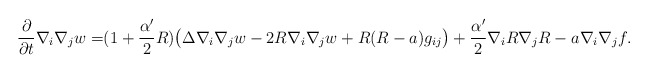
\begin{align*}\frac{\partial}{\partial t}\nabla_i\nabla_jw=&(1+\frac{\alpha'}{2}R)\big(\Delta\nabla_i\nabla_jw-2R\nabla_i\nabla_jw+R(R-a)g_{ij} \big) +\frac{\alpha'}{2}\nabla_iR\nabla_jR-a\nabla_i\nabla_jf.\end{align*}